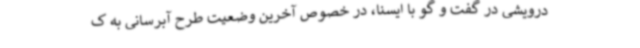
درویشی در گفت و گو با ایسنا، در خصوص آخرین وضعیت طرح آبرسانی به ک